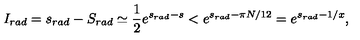
I _ { r a d } = s _ { r a d } - S _ { r a d } \simeq \frac { 1 } { 2 } e ^ { s _ { r a d } - s } < e ^ { s _ { r a d } - \pi N / 1 2 } = e ^ { s _ { r a d } - 1 / x } ,